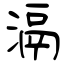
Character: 滆